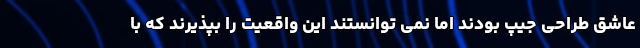
عاشق طراحی جیپ بودند اما نمی توانستند این واقعیت را بپذیرند که با